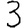
Digit: 3